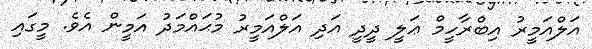
އަލްއަމީރު އިބްރާހީމް ޢަލީ ދީދީ އަދި އަލްއަމީރު މުޙައްމަދު އަމީން އެވެ. މީގައި